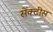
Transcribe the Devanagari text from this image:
सेंक्टीस